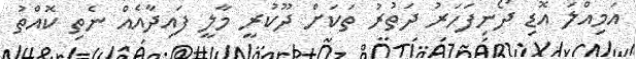
އަމިއްލަ އޮޑި ދޯނިފަހަރު ދަތުރު ތަކަށް ދޫކުރީ މާލީ ފައިދާއެއް ނެތި ކޮއްތު